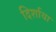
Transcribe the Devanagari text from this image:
दिर्शाया